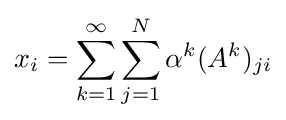
x_{i}=\sum _{k=1}^{\infty }\sum _{j=1}^{N}\alpha ^{k}(A^{k})_{ji}